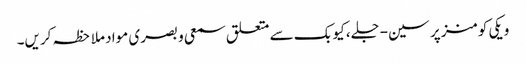
ویکی کومنز پر سین-جلے، کیوبک سے متعلق سمعی و بصری مواد ملاحظہ کریں۔